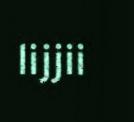
lijjii